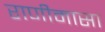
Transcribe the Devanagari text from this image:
राणीमासा